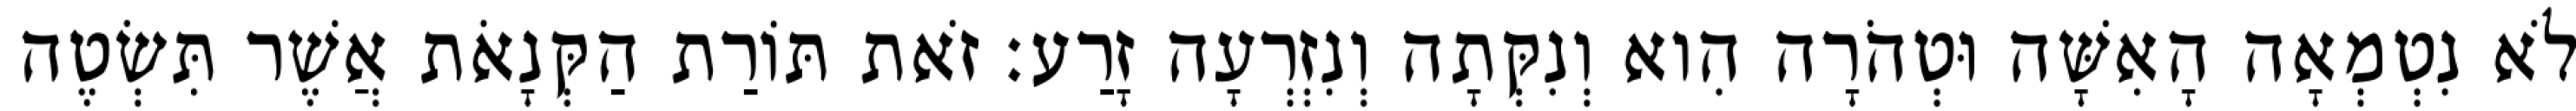
לֹא נִטְמְאָה הָאִשָּׁה וּטְהֹרָה הִוא וְנִקְּתָה וְנִזְרְעָה זָרַע׃ זֹאת תּוֹרַת הַקְּנָאֹת אֲשֶׁר תִּשְׂטֶה